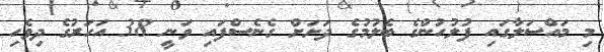
މި މައްސަލާގައި ފުލުހުންގެ ބެލުމުގެ ދަށަށް ގެނެސްފައި ވަނީ 38 އަހަރުގެ ދިވެހި